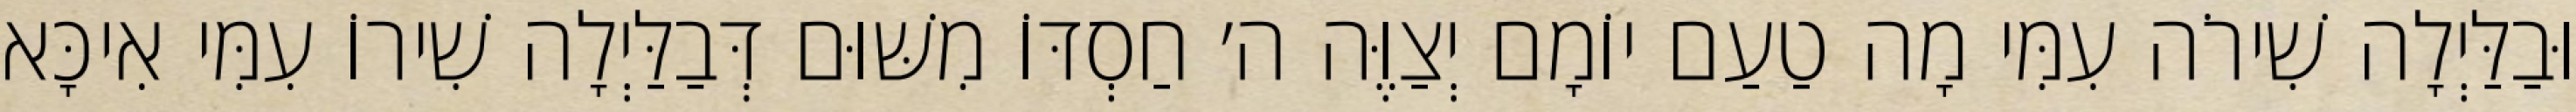
וּבַלַּיְלָה שִׁירֹה עִמִּי מָה טַעַם יוֹמָם יְצַוֶּה ה׳ חַסְדּוֹ מִשּׁוּם דְּבַלַּיְלָה שִׁירוֹ עִמִּי אִיכָּא